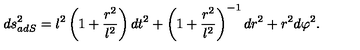
d s _ { a d S } ^ { 2 } = l ^ { 2 } \left( 1 + \frac { r ^ { 2 } } { l ^ { 2 } } \right) d t ^ { 2 } + \left( 1 + \frac { r ^ { 2 } } { l ^ { 2 } } \right) ^ { - 1 } d r ^ { 2 } + r ^ { 2 } d \varphi ^ { 2 } .